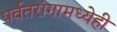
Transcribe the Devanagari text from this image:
पर्वतरांगामध्येही